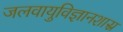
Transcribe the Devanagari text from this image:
जलवायुविज्ञानशास्र